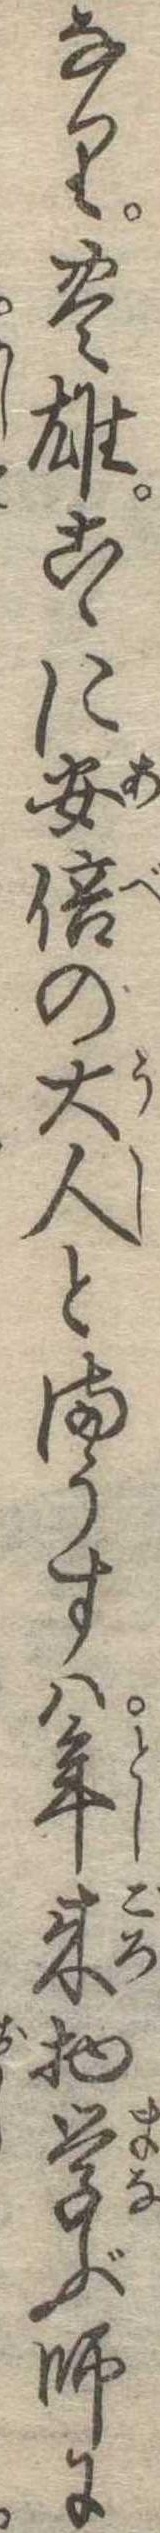
なり豊雄こゝに安倍の大人とまうすは年来物学ぶ師に